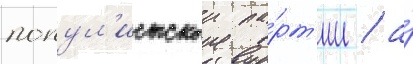
попул'истскои па́рт'ии / а́